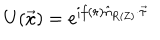
U ( \vec { x } ) = e ^ { \mathrm { i } f ( r ) \hat { n } _ { \mathrm { R ( Z ) } } \cdot \vec { \tau } }